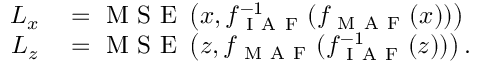
\begin{array} { r l } { L _ { x } } & { { } = \mathrm { ~ M ~ S ~ E ~ } \left( x , f _ { \mathrm { ~ I ~ A ~ F ~ } } ^ { - 1 } ( f _ { \mathrm { ~ M ~ A ~ F ~ } } ( x ) ) \right) } \\ { L _ { z } } & { { } = \mathrm { ~ M ~ S ~ E ~ } \left( z , f _ { \mathrm { ~ M ~ A ~ F ~ } } ( f _ { \mathrm { ~ I ~ A ~ F ~ } } ^ { - 1 } ( z ) ) \right) . } \end{array}